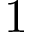
1